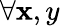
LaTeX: \forall\mathbf{x},y